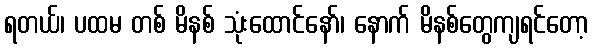
ရတယ်၊ ပထမ တစ် မိနစ် သုံးထောင်နော်၊ နောက် မိနစ်တွေကျရင်တော့